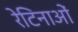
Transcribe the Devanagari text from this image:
रेटिनाओं